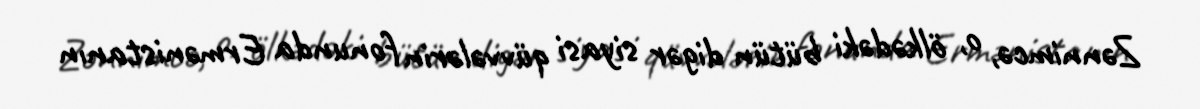
Zənnimcə, o, ölkədəki bütün digər siyasi qüvvələrin fonunda Ermənistanın